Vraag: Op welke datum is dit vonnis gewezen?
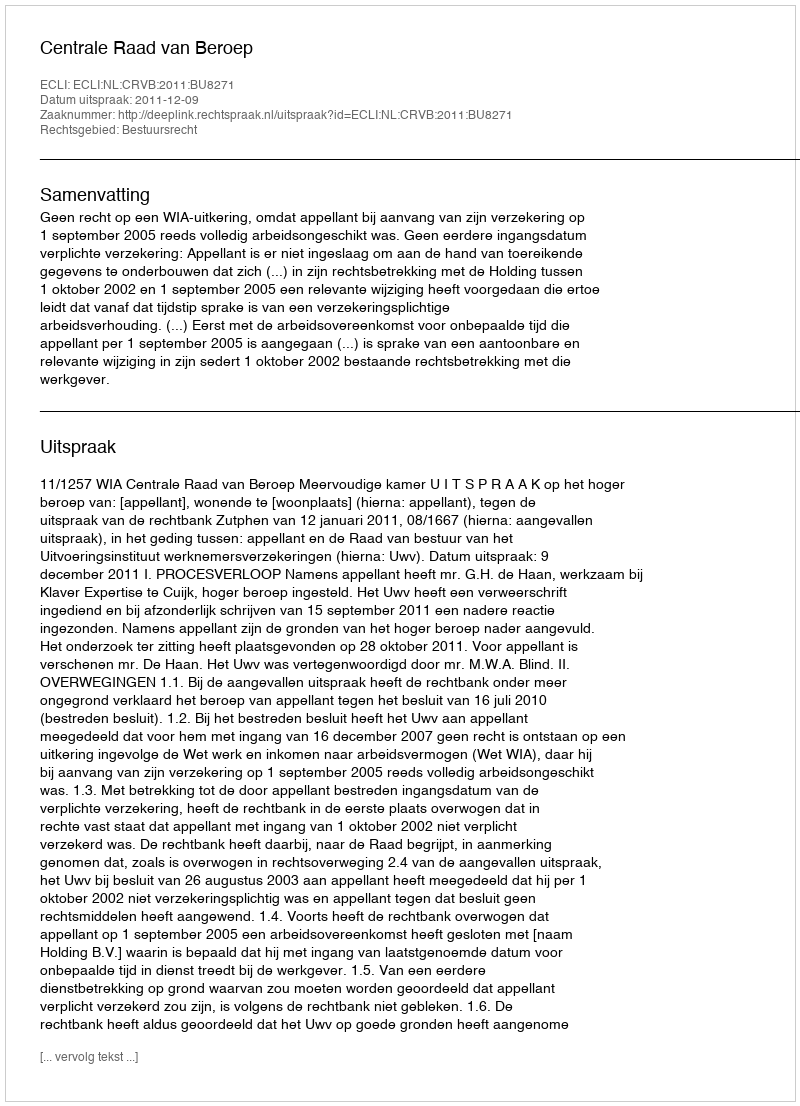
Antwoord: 2011-12-09